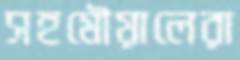
সহমৌয়ালেরা